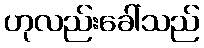
ဟုလည်းခေါ်သည်